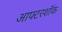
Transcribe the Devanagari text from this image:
आफ्टरशॉक